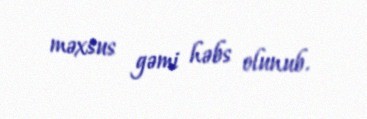
məxsus gəmi həbs olunub.